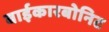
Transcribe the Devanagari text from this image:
बाईकारबोनिट